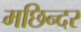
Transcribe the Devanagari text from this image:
मछिन्दर